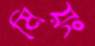
মিয়ং